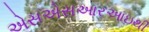
એસએસઆરઆઇથી